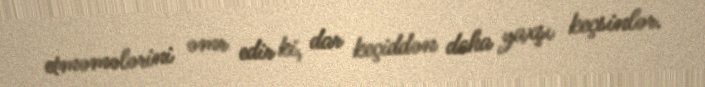
etməmələrini əmr edir ki, dar keçiddən daha yaxşı keçsinlər.